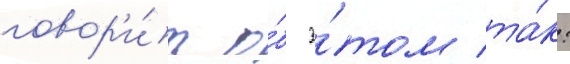
говор'и́т о́б э́том та́к: